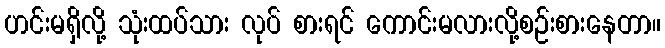
ဟင်းမရှိလို့ သုံးထပ်သား လုပ် စားရင် ကောင်းမလားလို့စဉ်းစားနေတာ။